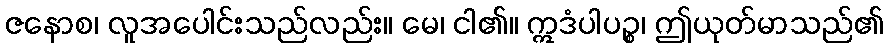
ဇနောစ၊ လူအပေါင်းသည်လည်း။ မေ၊ ငါ၏။ ဣဒံပါပဉ္စ၊ ဤယုတ်မာသည်၏